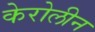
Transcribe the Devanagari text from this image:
केरोलीन